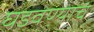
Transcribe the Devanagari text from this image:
घडवण्याचं